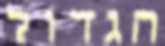
הגדול